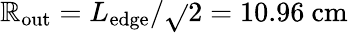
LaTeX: \mathbb{R}_{\mathrm{{out}}}=L_{\mathrm{{edge}}}/\sqrt{}{{2}}=10.96\ \mathrm{{cm}}